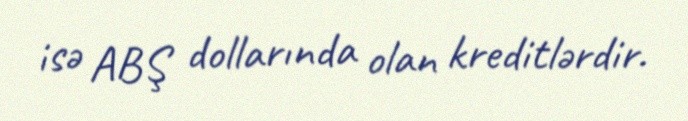
isə ABŞ dollarında olan kreditlərdir.